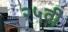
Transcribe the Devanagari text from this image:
२५वी